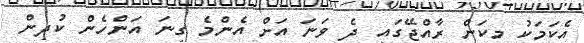
އެކަމަކު މިކަން ރާއްޖޭގައި ދެ ވަނަ އަށް އެންމެ ގިނަ އަންހެން ކުދިން